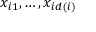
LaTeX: x _ { i 1 } , \dots , x _ { i d ( i ) }